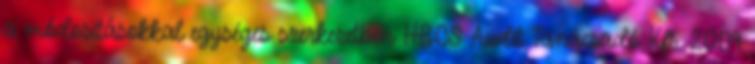
a módosításokkal egységes szerkezetben HBCS Audit Tanácsadó Kft. 2009